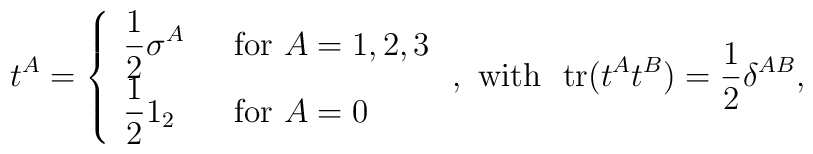
t^A=\left\{\begin{array}{ll}\displaystyle                 \frac{1}{2}\sigma^A&~~{\rm for}~A=1,2,3\\                 \displaystyle\frac{1}{2}1_2&~~{\rm for}~A=0           \end{array}    \right.,{\rm ~with~~tr}(t^At^B)=\frac{1}{2}\delta^{AB},